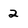
Character: 2